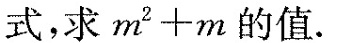
式，求$$m ^ { 2 } + m$$的值。